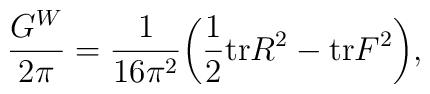
{G^W\over 2 \pi} = {1 \over 16 \pi^2} \bigg({1 \over 2} {\rm tr} R^2 - {\rm tr} F^2\bigg),